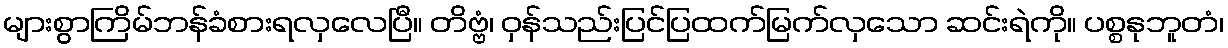
များစွာကြိမ်ဘန်ခံစားရလှလေပြီ။ တိဗ္ဗံ၊ ဝှန်သည်းပြင်ပြထက်မြက်လှသော ဆင်းရဲကို။ ပစ္စနုဘူတံ၊